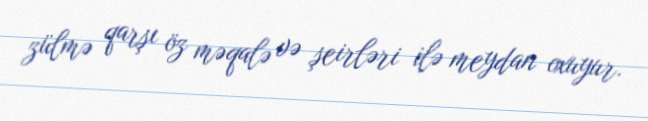
zülmə qarşı öz məqalə və şeirləri ilə meydan oxuyur.